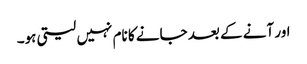
اور آنے کے بعد جانے کا نام نہیں لیتی ہو۔